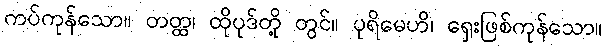
ကပ်ကုန်သော။ တတ္ထ၊ ထိုပုဒ်တို့ တွင်။ ပုရိမေဟိ၊ ရှေးဖြစ်ကုန်သော။